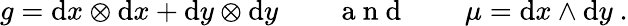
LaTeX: g=\mathrm{d}x\otimes\mathrm{d}x+\mathrm{d}y\otimes\mathrm{d}y\qquad\mathrm{~a~n~d~}\qquad\mu=\mathrm{d}x\wedge\mathrm{d}y\ .